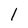
Character: 1